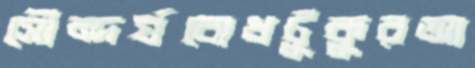
সৌন্দর্যবোধটুকুরআ